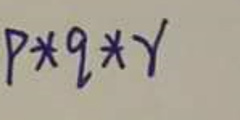
$p * q * r$